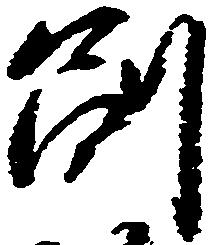
副